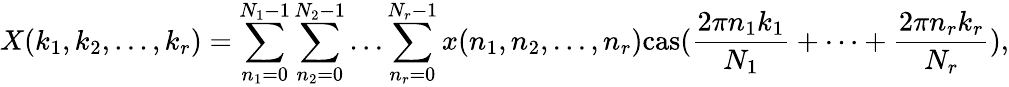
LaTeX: X(k_{1},k_{2},...,k_{r})=\sum_{n_{1}=0}^{N_{1}-1}\sum_{n_{2}=0}^{N_{2}-1}\dots\sum_{n_{r}=0}^{N_{r}-1}x(n_{1},n_{2},...,n_{r})\mathrm{{cas}}({\frac{2\pi n_{1}k_{1}}{N_{1}}}+\dots+{\frac{2\pi n_{r}k_{r}}{N_{r}}}),